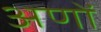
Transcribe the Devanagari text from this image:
अणों